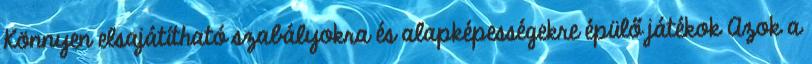
Könnyen elsajátítható szabályokra és alapképességekre épülő játékok Azok a